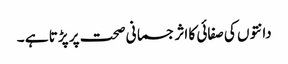
دانتوں کی صفائی کا اثر جسمانی صحت پر پڑتا ہے ۔